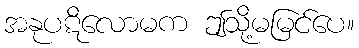
အနုပဋိလောမက ဤသို့မမြင်ပေ။